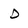
Character: d